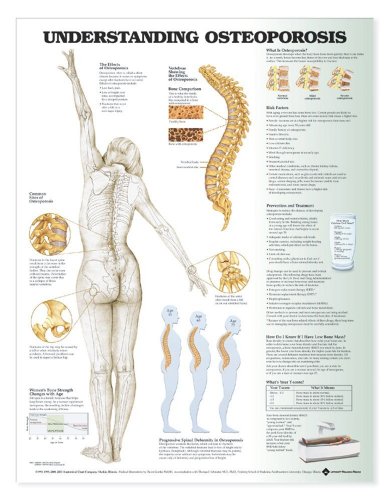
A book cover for Understanding Osteoporosis Anatomical Chart; Anatomical Chart Company; Health, Fitness & Dieting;